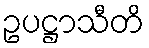
ဥပဋ္ဌာသီတိ